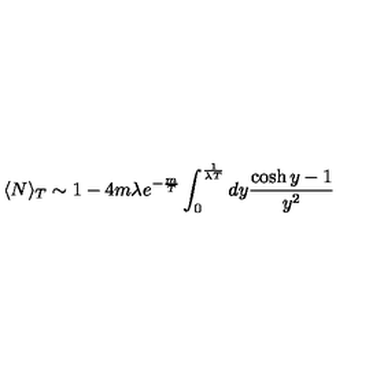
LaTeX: \langle N \rangle _ { T } \sim 1 - 4 m \lambda e ^ { - \frac { m } { T } } \int _ { 0 } ^ { \frac { 1 } { \lambda T } } d y \frac { \cosh y - 1 } { y ^ { 2 } }